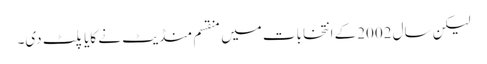
لیکن سال 2002کے انتخابات میں منقسم منڈیٹ نے کایا پلٹ دی۔